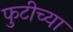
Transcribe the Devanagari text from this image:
फुटीच्या